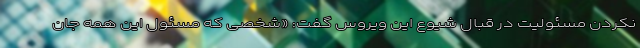
نکردن مسئولیت در قبال شیوع این ویروس گفت: «شخصی که مسئول این همه جان